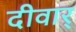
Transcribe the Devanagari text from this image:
दीवार्